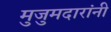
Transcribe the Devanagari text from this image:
मुजुमदारांनी